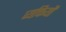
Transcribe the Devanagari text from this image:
व्यक्तियौं